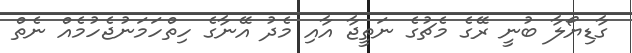
ގާޑިޔޯލާ ބުނީ ރޭގެ މެޗުގެ ނަތީޖާ އާއި މެދު އޭނާގެ ހިތްހަމަނުޖެހުމެއް ނެތް